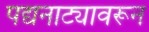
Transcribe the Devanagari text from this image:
पद्यनाट्यावरून